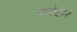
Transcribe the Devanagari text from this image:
मनोहार